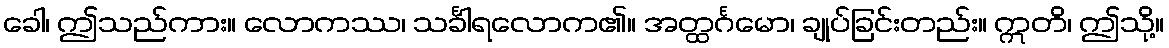
ခေါ၊ ဤသည်ကား။ လောကဿ၊ သင်္ခါရလောက၏။ အတ္ထင်္ဂမော၊ ချုပ်ခြင်းတည်း။ ဣတိ၊ ဤသို့။